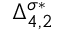
\Delta _ { 4 , 2 } ^ { \sigma * }